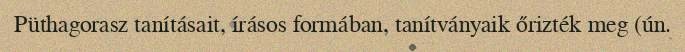
Püthagorasz tanításait, írásos formában, tanítványaik őrizték meg (ún.